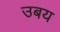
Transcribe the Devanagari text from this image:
उबय